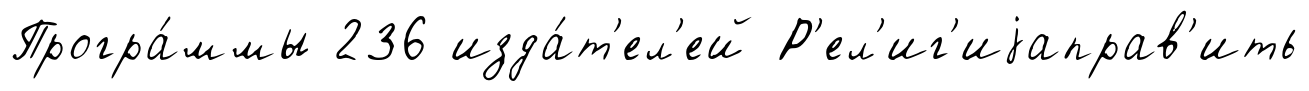
Програ́ммы 236 изда́т'ел'ей Р'ел'иг'иjаправ'ить